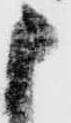
申